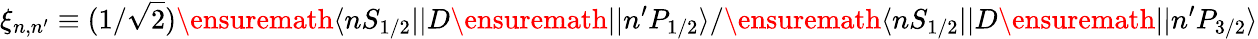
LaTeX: \xi_{n,n^{\prime}}\equiv(1/\sqrt{2})\ensuremath{\langle nS_{1/2}||}D\ensuremath{||n^{\prime}P_{1/2}\rangle}/\ensuremath{\langle nS_{1/2}||}D\ensuremath{||n^{\prime}P_{3/2}\rangle}